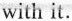
with it.